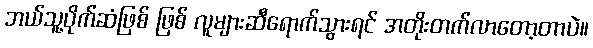
ဘယ်သူ့ပိုက်ဆံဖြစ် ဖြစ် လူများဆီရောက်သွားရင် အတိုးတက်လာတော့တာပဲ။